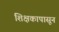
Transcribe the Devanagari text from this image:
शिक्षकापासून